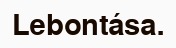
Lebontása.